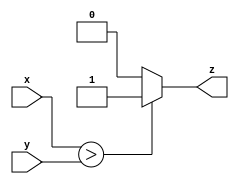
module if_else_statement (
    input wire x,
    input wire y,
    output reg z
);

always @*
begin
    if (x > y) begin
        z <= 1;
    end else begin
        z <= 0;
    end
end

endmodule